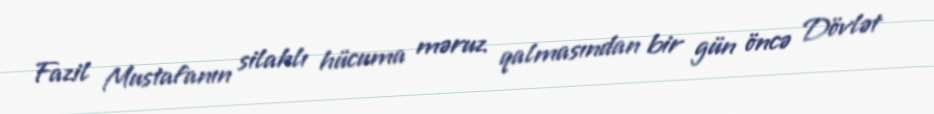
Fazil Mustafanın silahlı hücuma məruz qalmasından bir gün öncə Dövlət